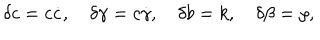
LaTeX: \delta c = c \dot { c } , \hspace { 1 e m } \delta \gamma = c \dot { \gamma } , \hspace { 1 e m } \delta b = k , \hspace { 1 e m } \delta \beta = \rho ,